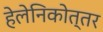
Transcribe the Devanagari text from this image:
हेलेनिकोत्तर